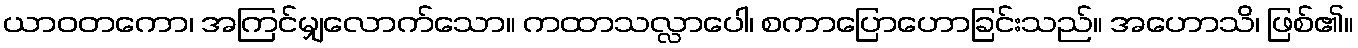
ယာဝတကော၊ အကြင်မျှလောက်သော။ ကထာသလ္လာပေါ၊ စကာပြောဟောခြင်းသည်။ အဟောသိ၊ ဖြစ်၏။